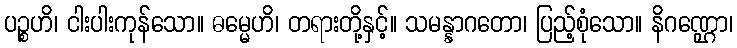
ပဉ္စဟိ၊ ငါးပါးကုန်သော။ ဓမ္မေဟိ၊ တရားတို့နှင့်။ သမန္နာဂတော၊ ပြည့်စုံသော။ နိဂဏ္ဌော၊